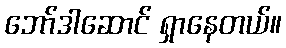
ဘော်ဒါဆောင် ရှာနေတယ်။